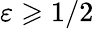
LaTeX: \varepsilon\geqslant 1/2